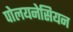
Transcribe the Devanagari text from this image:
पोलयनेसियन